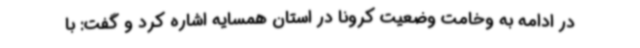
در ادامه به وخامت وضعیت کرونا در استان همسایه اشاره کرد و گفت: با